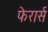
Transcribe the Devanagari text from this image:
फेरार्स